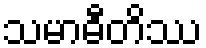
သမာဓီတိဿ